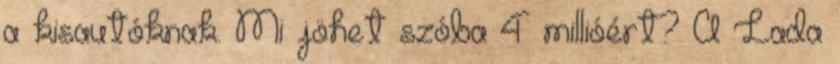
a kisautóknak. Mi jöhet szóba 4 millióért? A Lada